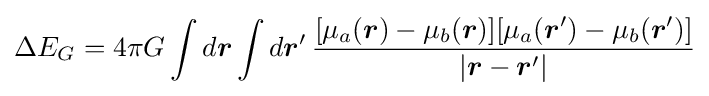
\Delta E_{G}=4\pi G\int d{\boldsymbol {r}}\int d{\boldsymbol {r}}'\,{\frac {[\mu _{a}({\boldsymbol {r}})-\mu _{b}({\boldsymbol {r}})][\mu _{a}({\boldsymbol {r}}')-\mu _{b}({\boldsymbol {r}}')]}{|{\boldsymbol {r}}-{\boldsymbol {r}}'|}}